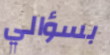
بسؤالي